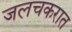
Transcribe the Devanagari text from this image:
जलचकरात